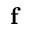
\textbf { f }